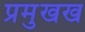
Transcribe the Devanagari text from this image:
प्रमुखख